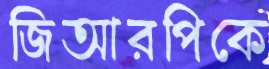
জিআরপিকে